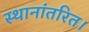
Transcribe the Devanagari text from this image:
स्थानांतरित।